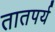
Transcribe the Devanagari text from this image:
तातपर्य